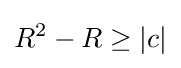
R^{2}-R\geq |c|